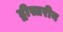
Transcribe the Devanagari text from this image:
द्वीस्तरीय